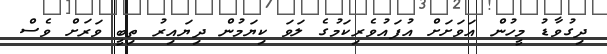
ދިގުވާޑު މީހުން އަވަށަށް އުފައުވެރިކަމުގެ ލަވަ ކިޔަމުން ދިޔައިރު ތިބީ ވަރަށް ވެސް